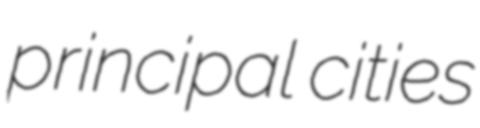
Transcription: principal cities